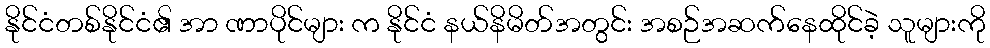
နိုင်ငံတစ်နိုင်ငံ၏ အာ ဏာပိုင်များ က နိုင်ငံ နယ်နိမိတ်အတွင်း အစဉ်အဆက်နေထိုင်ခဲ့ သူများကို